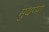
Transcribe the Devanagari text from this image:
मुदप्पा